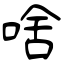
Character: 啥